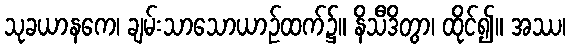
သုခယာနကေ၊ ချမ်းသာသောယာဉ်ထက်၌။ နိသီဒိတွာ၊ ထိုင်၍။ အဿ၊